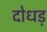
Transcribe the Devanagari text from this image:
दोधड़